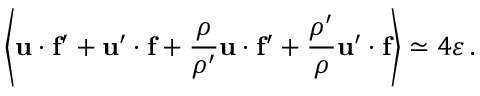
\left\langle { \bf u } \cdot { \bf f ^ { \prime } } + { \bf u } ^ { \prime } \cdot { \bf f } + { \frac { \rho } { \rho ^ { \prime } } } { \bf u } \cdot { \bf f ^ { \prime } } + { \frac { \rho ^ { \prime } } { \rho } } { \bf u } ^ { \prime } \cdot { \bf f } \right\rangle \simeq 4 \varepsilon \, .